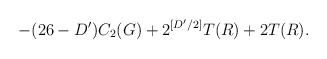
\begin{align*} -(26-D')C_2(G)+2^{[D'/2]}T(R)+2T(R).\end{align*}